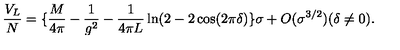
\frac { V _ { L } } { N } = \{ \frac { M } { 4 \pi } - \frac { 1 } { g ^ { 2 } } - \frac { 1 } { 4 \pi L } \ln ( 2 - 2 \cos ( 2 \pi \delta ) \} \sigma + O ( \sigma ^ { 3 / 2 } ) ( \delta \neq 0 ) .